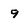
Character: 9